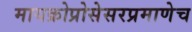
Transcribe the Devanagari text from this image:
मायक्रोप्रोसेसरप्रमाणेच